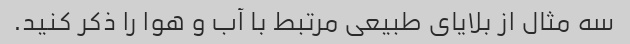
سه مثال از بلایای طبیعی مرتبط با آب و هوا را ذکر کنید.